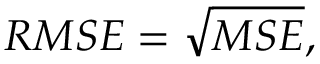
R M S E = \sqrt { M S E } ,